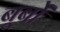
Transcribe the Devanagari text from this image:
बूर्बों